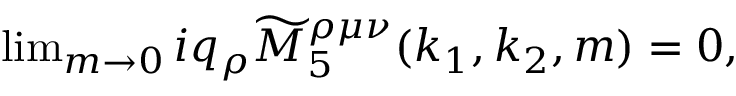
\begin{array} { r } { \operatorname* { l i m } _ { m \rightarrow 0 } i q _ { \rho } \widetilde { M } _ { 5 } ^ { \rho \mu \nu } ( k _ { 1 } , k _ { 2 } , m ) = 0 , } \end{array}